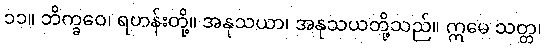
၁၁။ ဘိက္ခဝေ၊ ရဟန်းတို့။ အနုသယာ၊ အနုသယတို့သည်။ ဣမေ သတ္တ၊